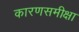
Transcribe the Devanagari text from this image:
कारणसमीक्षा